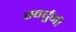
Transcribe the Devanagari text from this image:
स्वर्घुनी